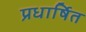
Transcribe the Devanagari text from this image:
प्रधार्षित